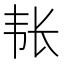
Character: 𮧴